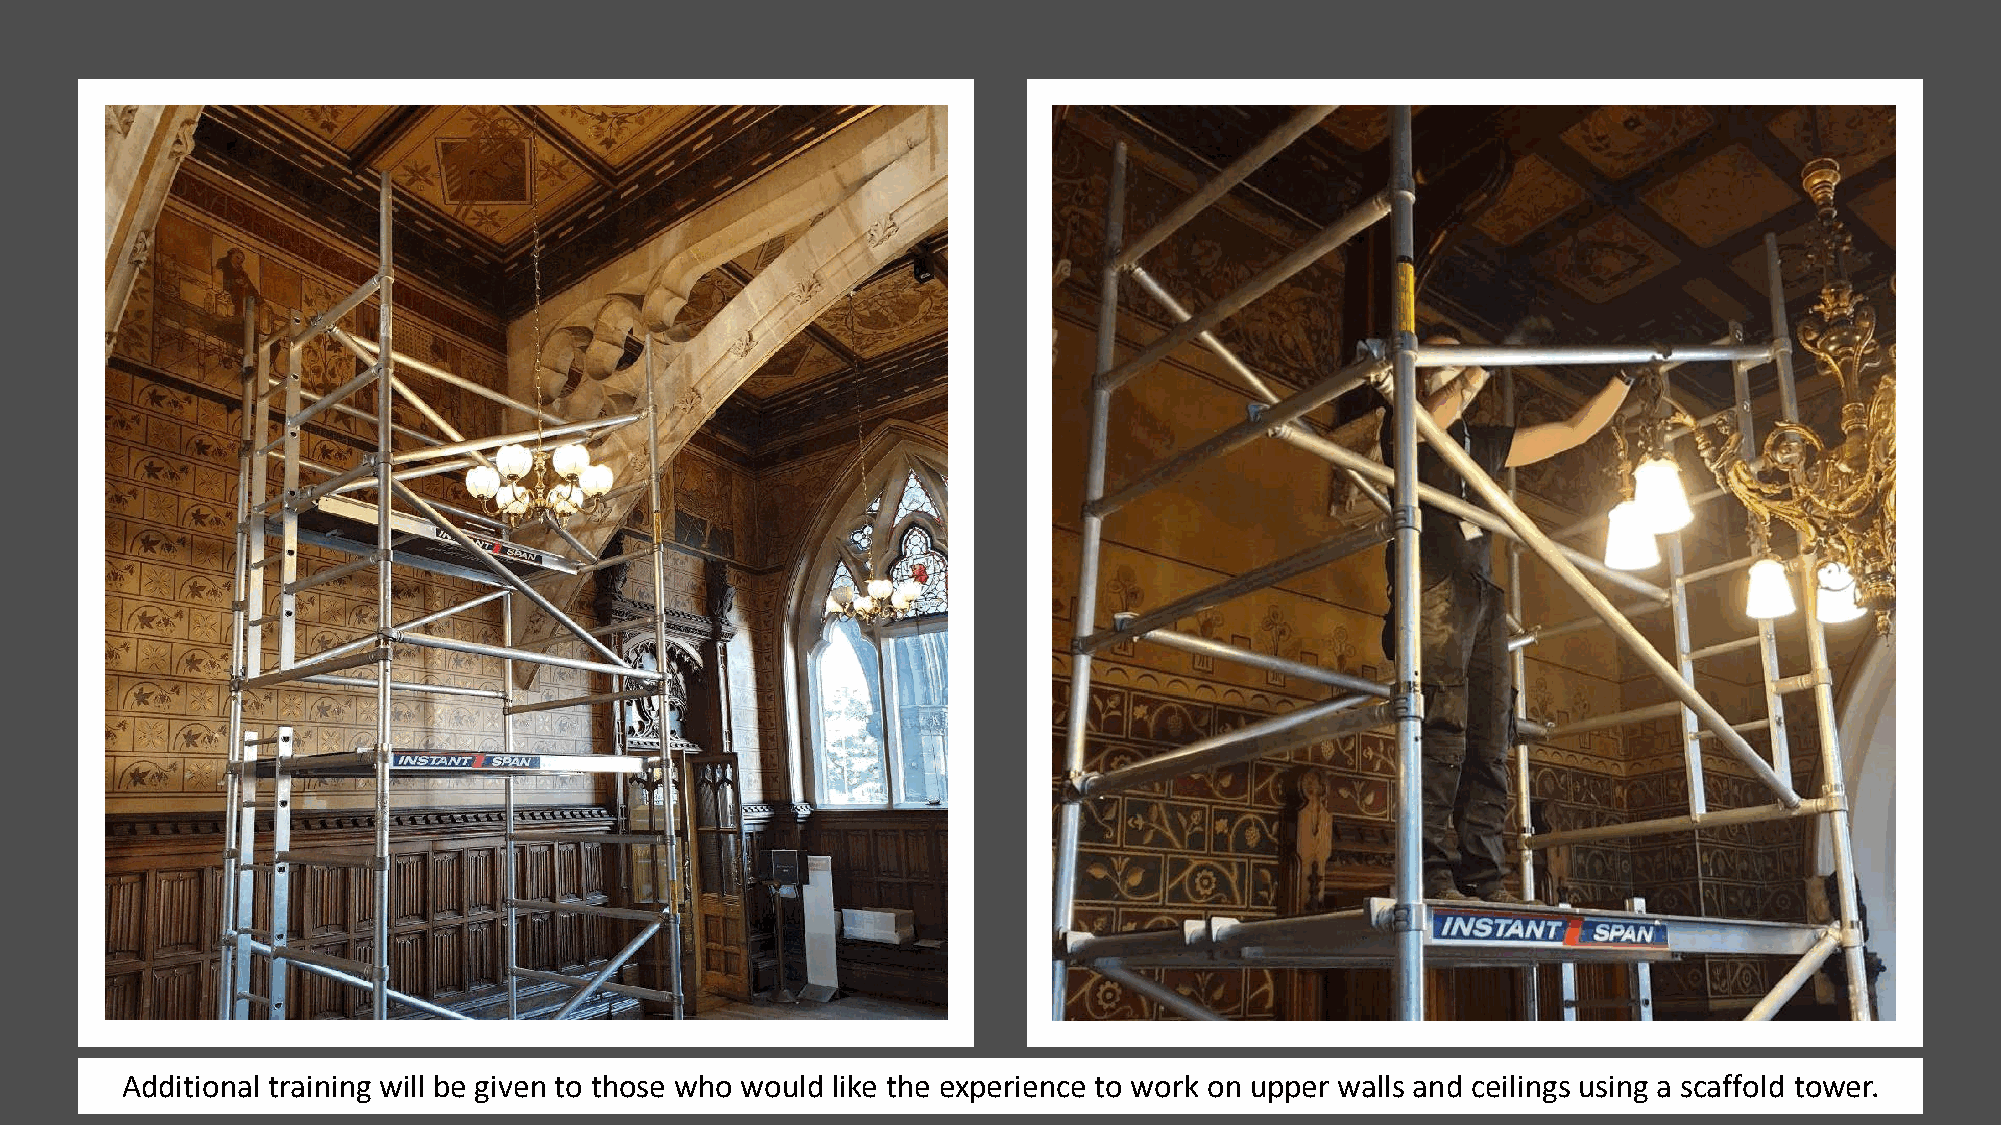
Additional training will be given to those who would like the experience to work on upper walls and ceilings using a scaffold tower.